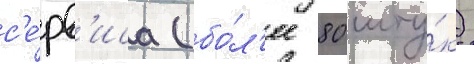
с'е́рв'иса (бо́л'ее 80 шту́к)